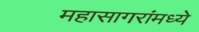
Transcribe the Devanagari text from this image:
महासागरांमध्ये